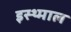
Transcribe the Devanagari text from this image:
इस्थ्माल